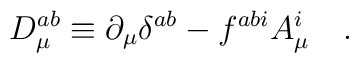
D_\mu ^{ab}\equiv \partial _\mu \delta ^{ab}-f^{abi}A_\mu ^i\,\,\,\,\,\,.